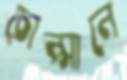
চোপ্‌সালে